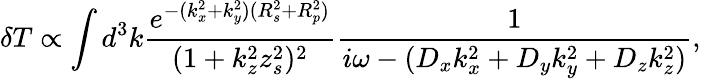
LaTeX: \delta T\propto\int d^{3}k\frac{e^{-(k_{x}^{2}+k_{y}^{2})(R_{s}^{2}+R_{p}^{2})}}{(1+k_{z}^{2}z_{s}^{2})^{2}}\frac{1}{i\omega-({D_{x}}{k_{x}^{2}}+{D_{y}}{k_{y}^{2}}+{D_{z}}{k_{z}^{2}})},